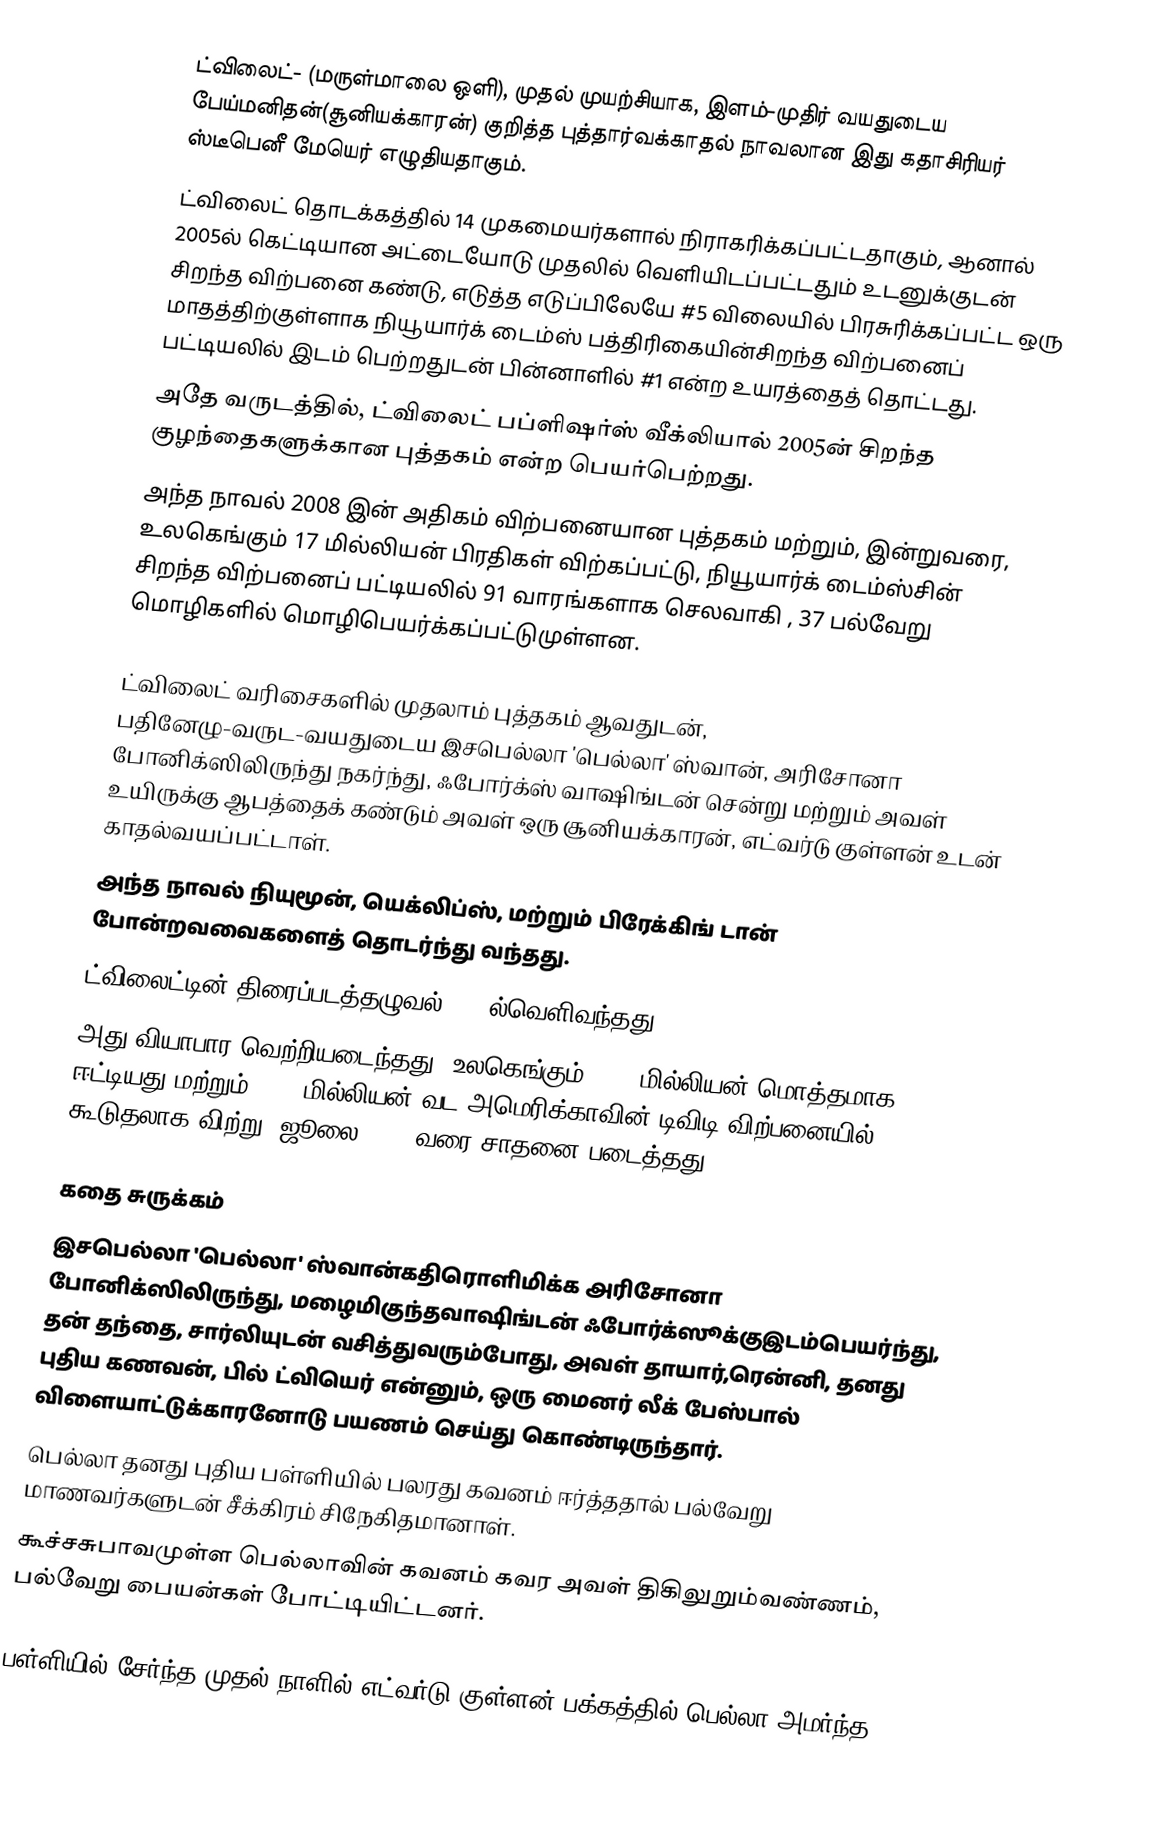
ட்விலைட்-  (மருள்மாலை ஒளி), முதல் முயற்சியாக, இளம்-முதிர் வயதுடைய பேய்மனிதன்(சூனியக்காரன்) குறித்த புத்தார்வக்காதல் நாவலான இது கதாசிரியர் ஸ்டீபெனீ மேயெர் எழுதியதாகும்.
ட்விலைட் தொடக்கத்தில் 14 முகமையர்களால் நிராகரிக்கப்பட்டதாகும், ஆனால் 2005ல் கெட்டியான அட்டையோடு முதலில் வெளியிடப்பட்டதும்  உடனுக்குடன் சிறந்த விற்பனை கண்டு, எடுத்த எடுப்பிலேயே #5  விலையில் பிரசுரிக்கப்பட்ட ஒரு மாதத்திற்குள்ளாக நியூயார்க் டைம்ஸ்  பத்திரிகையின்சிறந்த விற்பனைப் பட்டியலில் இடம் பெற்றதுடன்  பின்னாளில் #1 என்ற உயரத்தைத் தொட்டது.
அதே வருடத்தில், ட்விலைட்  பப்ளிஷர்ஸ் வீக்லியால் 2005ன் சிறந்த குழந்தைகளுக்கான புத்தகம்  என்ற பெயர்பெற்றது.
அந்த நாவல் 2008 இன்  அதிகம் விற்பனையான புத்தகம் மற்றும், இன்றுவரை, உலகெங்கும் 17 மில்லியன் பிரதிகள் விற்கப்பட்டு, நியூயார்க் டைம்ஸ்சின் சிறந்த விற்பனைப் பட்டியலில் 91 வாரங்களாக செலவாகி , 37 பல்வேறு மொழிகளில் மொழிபெயர்க்கப்பட்டுமுள்ளன.

ட்விலைட் வரிசைகளில் முதலாம் புத்தகம் ஆவதுடன், பதினேழு-வருட-வயதுடைய இசபெல்லா 'பெல்லா' ஸ்வான், அரிசோனா போனிக்ஸிலிருந்து நகர்ந்து, ஃபோர்க்ஸ் வாஷிங்டன் சென்று மற்றும் அவள் உயிருக்கு ஆபத்தைக் கண்டும் அவள் ஒரு சூனியக்காரன், எட்வர்டு குள்ளன் உடன் காதல்வயப்பட்டாள்.
அந்த நாவல் நியுமூன், யெக்லிப்ஸ்,  மற்றும் பிரேக்கிங் டான் போன்றவவைகளைத்  தொடர்ந்து வந்தது.
ட்விலைட்டின்  திரைப்படத்தழுவல் 2008ல்வெளிவந்தது
அது வியாபார வெற்றியடைந்தது, உலகெங்கும் $382 மில்லியன் மொத்தமாக ஈட்டியது மற்றும் $157 மில்லியன் வட அமெரிக்காவின் டிவிடி விற்பனையில் கூடுதலாக விற்று, ஜூலை 2009 வரை சாதனை படைத்தது.

 கதை சுருக்கம்
இசபெல்லா 'பெல்லா' ஸ்வான்கதிரொளிமிக்க அரிசோனா போனிக்ஸிலிருந்து, மழைமிகுந்தவாஷிங்டன் ஃபோர்க்ஸூக்குஇடம்பெயர்ந்து, தன் தந்தை, சார்லியுடன் வசித்துவரும்போது, அவள் தாயார்,ரென்னி, தனது புதிய கணவன், பில் ட்வியெர் என்னும், ஒரு மைனர் லீக் பேஸ்பால் விளையாட்டுக்காரனோடு பயணம் செய்து கொண்டிருந்தார்.
பெல்லா தனது புதிய பள்ளியில் பலரது கவனம் ஈர்த்ததால் பல்வேறு மாணவர்களுடன் சீக்கிரம் சிநேகிதமானாள்.
கூச்சசுபாவமுள்ள பெல்லாவின் கவனம் கவர அவள் திகிலுறும்வண்ணம், பல்வேறு பையன்கள் போட்டியிட்டனர்.

பள்ளியில் சேர்ந்த முதல் நாளில் எட்வர்டு குள்ளன் பக்கத்தில் பெல்லா அமர்ந்த